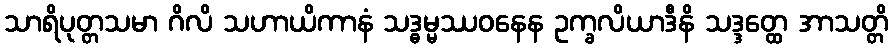
သာရိပုတ္တသမာ ဂိလိ သဟာယိကာနံ သဒ္ဓမ္မဿဝနေန ဥက္ခလိယာဒီနိ သဒ္ဒတ္ထေ အာသတ္တိ